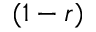
( 1 - r )